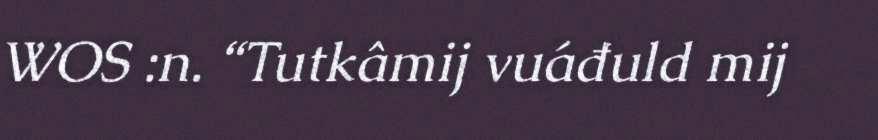
WOS :n. “Tutkâmij vuáđuld mij